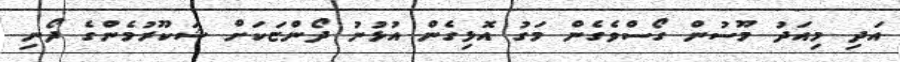
އަދި މިއަދު މޫސުން ގޯސްވެގެން މަގު އޮޅިގެން އުޅުނު ދޯންޏަކަށް ޝަކޫރުމެންގެ ދޯނި